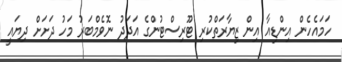
ހަމައެހެން އިންޑިއާ އިން ޒިޔާރަތްކުރި ޓޫރިސްޓުންގެ އަދަދު ނޮވެމްބަރު މަހު ދަށަށް ދިޔައީ